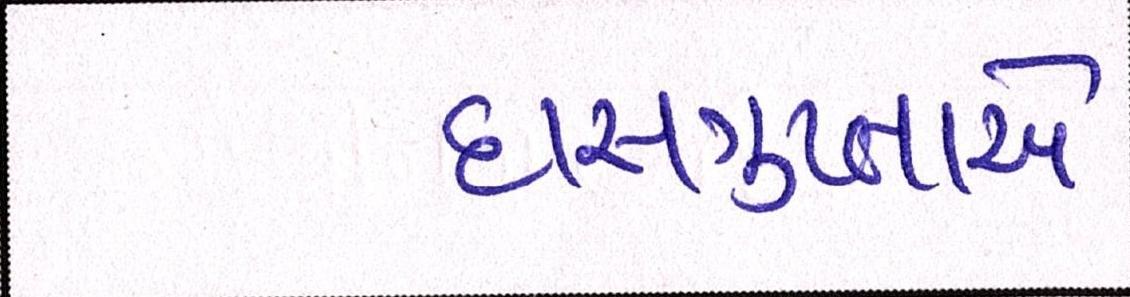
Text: દાસગુપ્તાએ